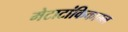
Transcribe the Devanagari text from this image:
मेटाटांकिकाम्ल